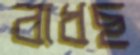
বাধছ